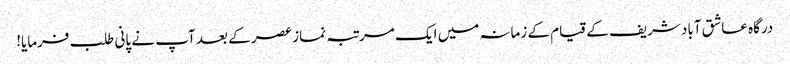
درگاہ عاشق آباد شریف کے قیام کے زمانہ میں ایک مرتبہ نماز عصر کے بعد آپ نے پانی طلب فرمایا!